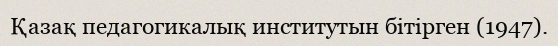
Қазақ педагогикалық институтын бітірген (1947).